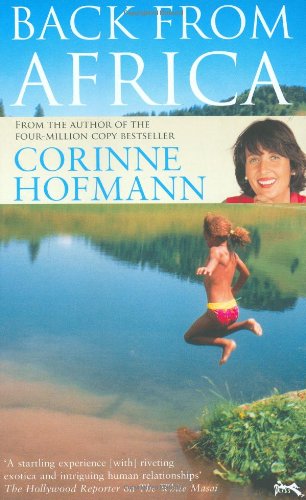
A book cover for Back from Africa; Corinne Hofmann; Travel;